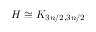
H \cong K _ { 3 n / 2 , 3 n / 2 }